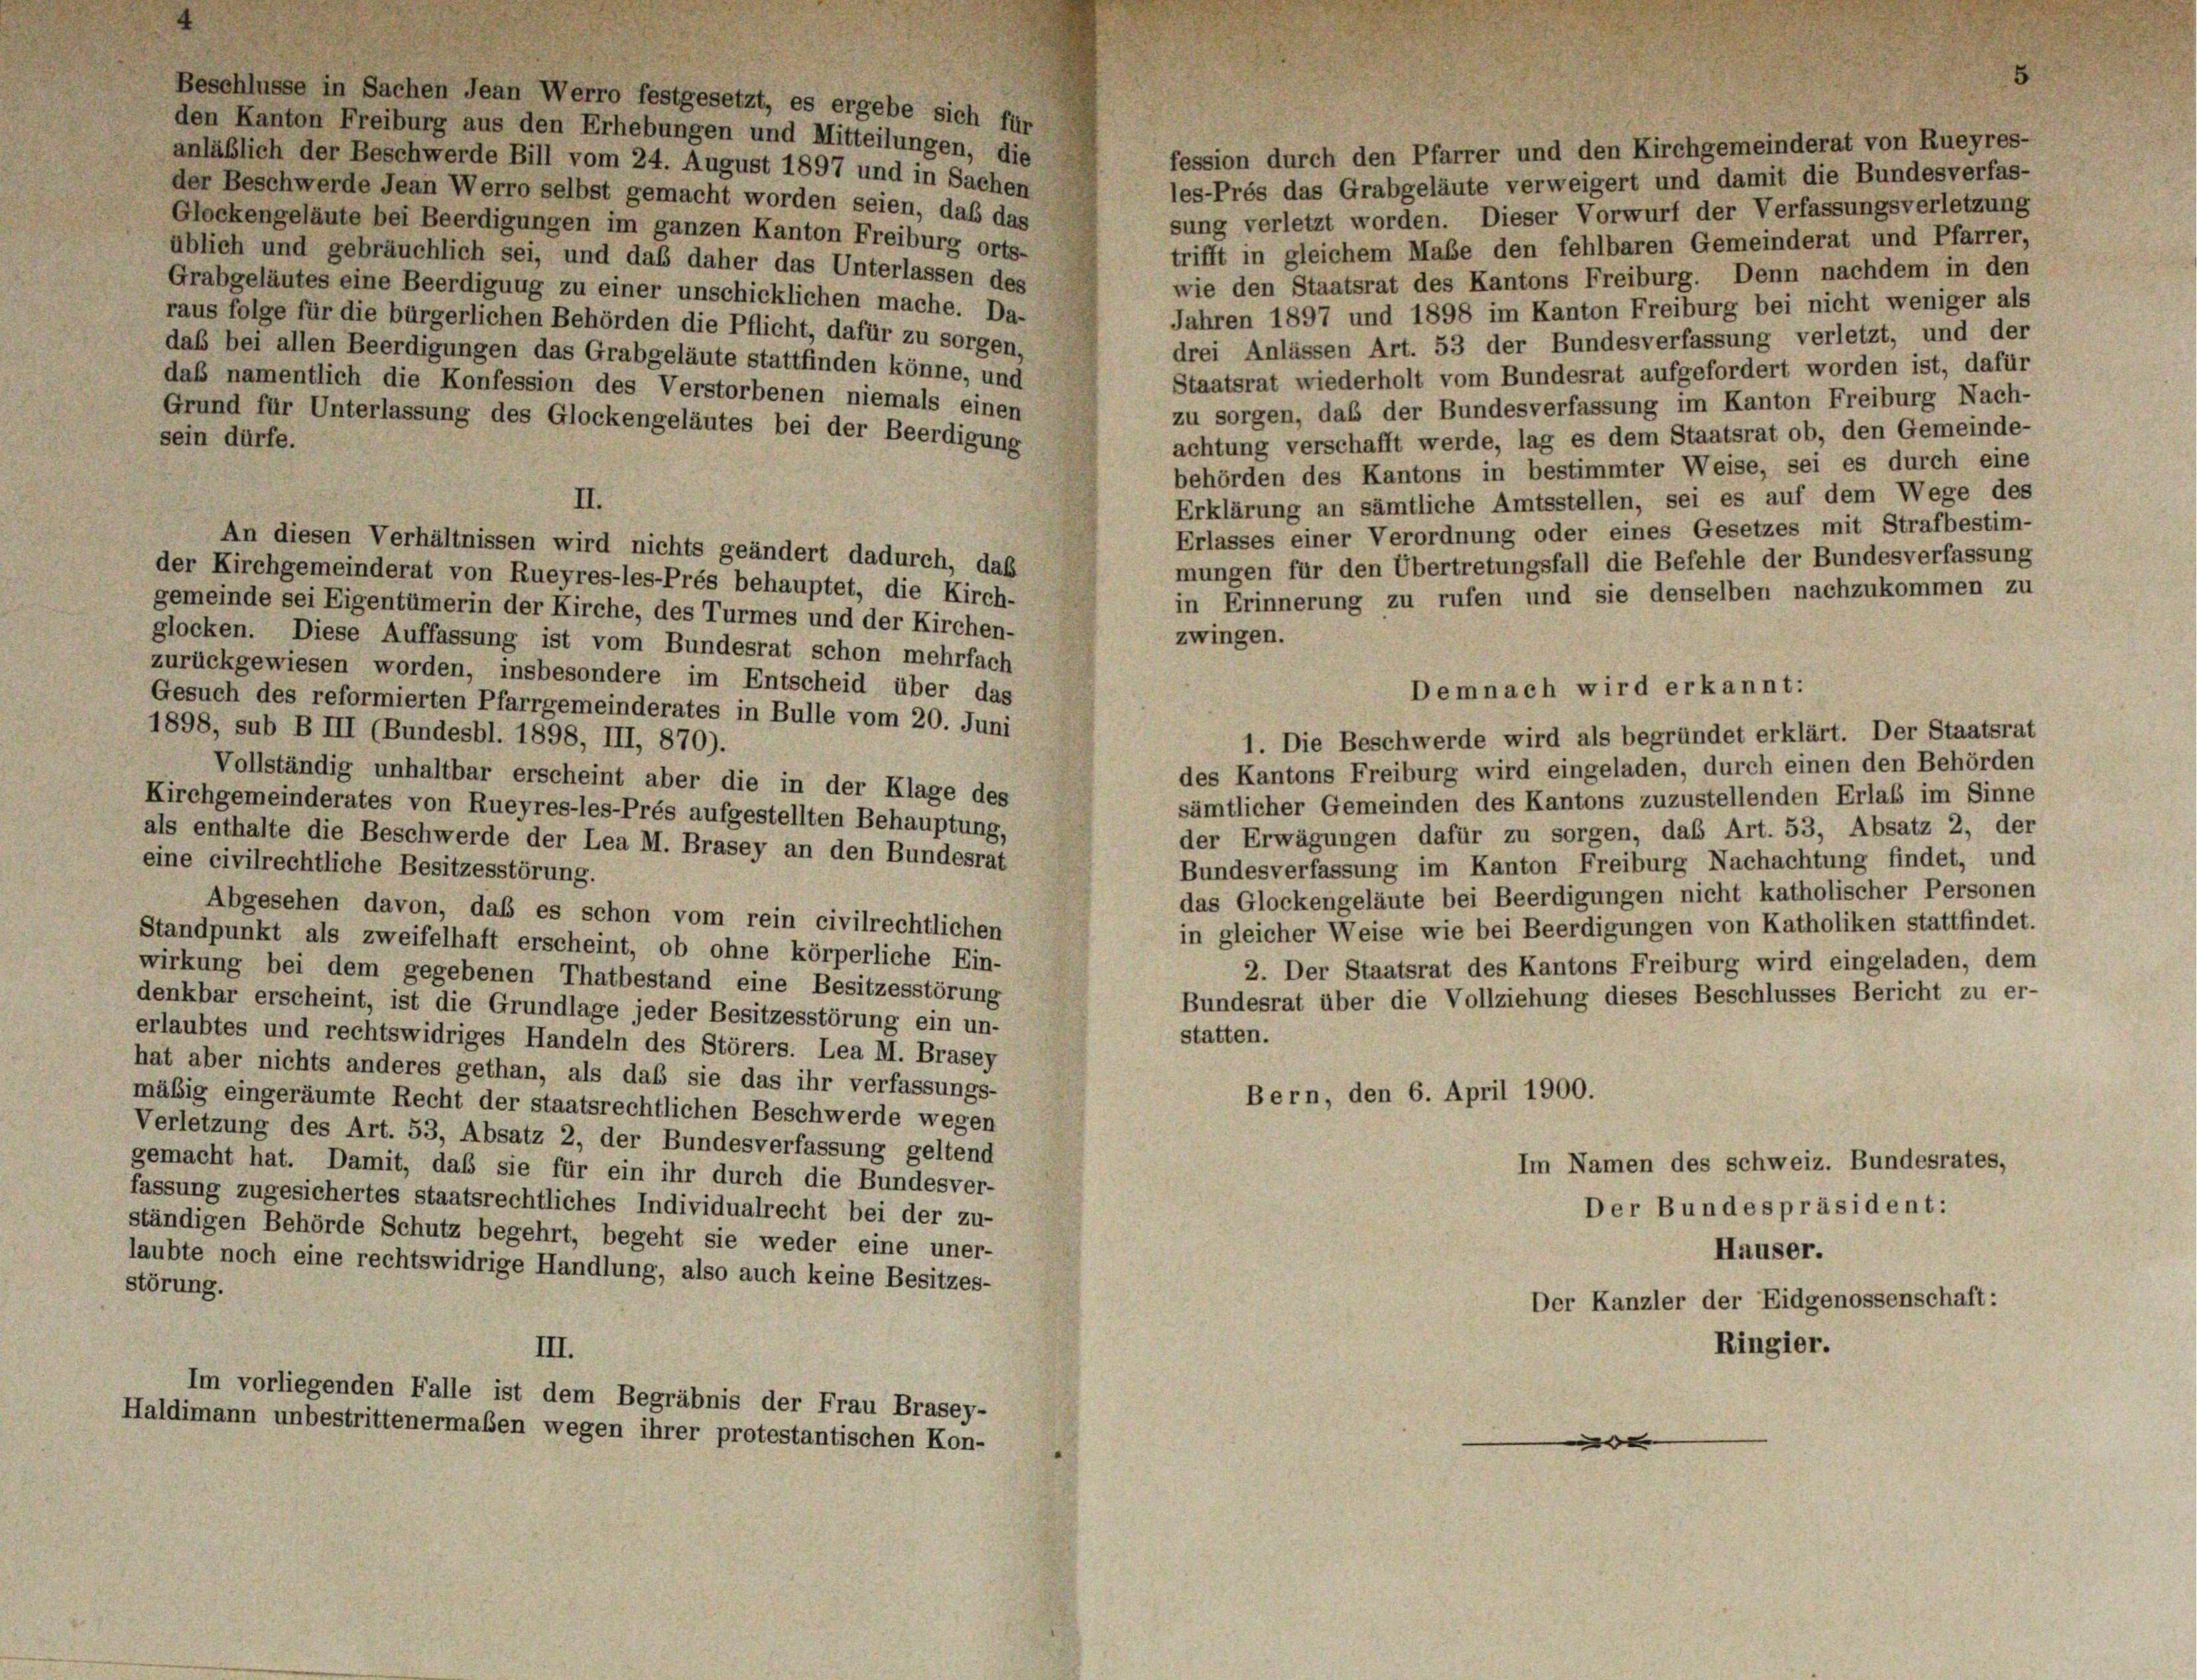
den Kanton Freiburg aus den Erhebungen und Mitteilungen, die
fession durch den Pfarrer und den Kirchgemeinderat von Rueyres-
anläßlich der Beschwerde Bill vom 24. August 1897 und in Sachen
les-Prés das Grabgeläute verweigert und damit die Bundesverfas-
der Beschwerde Jean Werro selbst gemacht worden seien, daß das
sung verletzt worden. Dieser Vorwurf der Verfassungsverletzung
Glockengeläute bei Beerdigungen im ganzen Kanton Freiburg orts-
trifft in gleichem Maße den fehlbaren Gemeinderat und Pfarrer,
üblich und gebräuchlich sei, und das daher das Unterlassen des
wie den Staatsrat des Kantons Freiburg. Denn nachdem in den
Grabgeläutes eine Beerdigung zu einer unschicklichen mache. Da-
Jahren 1897 und 1898 im Kanton Freiburg bei nicht weniger als
raus folge für die bürgerlichen Behörden die Pflicht, dafür zu sorgen,
drei Anlässen Art. 53 der Bundesverfassung verletzt, und der
das bei allen Beerdigungen das Grabgeläute stattfinden könne, und
Staatsrat wiederholt vom Bundesrat aufgefordert worden ist, dafür
daß namentlich die Konfession des Verstorbenen niemals einen
zu sorgen, daß der Bundesverfassung im Kanton Freiburg Nach-
Grund für Unterlassung des Glockengeläutes bei der Beerdigung
achtung verschafft werde, lag es dem Staatsrat ob, den Gemeinde-
sein dürfe.
behörden des Kantons in bestimmter Weise, sei es durch eine
Erklärung an sämtliche Amtsstellen, sei es auf dem Wege des
II.
Erlasses einer Verordnung oder eines Gesetzes mit Strafbestim-
An diesen Verhältnissen wird nichts geändert dadurch, daß
mungen für den Übertretungsfall die Befehle der Bundesverfassung
der Kirchgemeinderat von Rueyres-les-Prés behauptet, die Kirch-
in Erinnerung zu rufen und sie denselben nachzukommen zu
gemeinde sei Eigentümerin der Kirche, des Turmes und der Kirchen-
zwingen.
glocken. Diese Auffassung ist vom Bundesrat schon mehrfach
zurückgewiesen worden, insbesondere im Entscheid über das
Gesuch des reformierten Pfarrgemeinderates in Bulle vom 20. Juni
1898, sub B III (Bundesbl. 1898, III, 870).
1. Die Beschwerde wird als begründet erklärt. Der Staatsrat
des Kantons Freiburg wird eingeladen, durch einen den Behörden
Vollständig unhaltbar erscheint aber die in der Klage des
sämtlicher Gemeinden des Kantons zuzustellenden Erlaß im Sinne
Kirchgemeinderates von Rueyres-les-Prés aufgestellten Behauptung,
der Erwägungen dafür zu sorgen, das Art. 53, Absatz 2, der
als enthalte die Beschwerde der Lea M. Brasey an den Bundesrat
Bundesverfassung im Kanton Freiburg Nachachtung findet, und
eine civilrechtliche Besitzesstörung.
das Glockengeläute bei Beerdigungen nicht katholischer Personen
Abgesehen davon, daß es schon vom rein civilrechtlichen
in gleicher Weise wie bei Beerdigungen von Katholiken stattfindet.
Standpunkt als zweifelhaft erscheint, ob ohne körperliche Ein-
2. Der Staatsrat des Kantons Freiburg wird eingeladen, dem
wirkung bei dem gegebenen Thatbestand eine Besitzesstörung
Bundesrat über die Vollziehung dieses Beschlusses Bericht zu er-
denkbar erscheint, ist die Grundlage jeder Besitzesstörung ein un-
statten.
erlaubtes und rechtswidriges Handeln des Störers. Lea M. Brasey
hat aber nichts anderes gethan, als das sie das ihr verfassungs-
Bern, den 6. April 1900.
mäßig eingeräumte Recht der staatsrechtlichen Beschwerde wegen
Verletzung des Art. 53, Absatz 2, der Bundesverfassung geltend
Im Namen des Schweiz. Bundesrates,
gemacht hat. Damit, daß sie für ein ihr durch die Bundesver-
fassung zugesichertes staatsrechtliches Individualrecht bei der zu-
Der Bundespräsident:
ständigen Behörde Schutz begehrt, begeht sie weder eine uner-
Häuser.
laubte noch eine rechtswidrige Handlung, also auch keine Besitzes-
störung.
Der Kanzler der Eidgenossenschaft:
Ringier.
III.
Im vorliegenden Falle ist dem Begräbnis der Frau Brasey-
Haldimann unbestrittenermaßen wegen ihrer protestantischen Kon-
e

Beschlüsse in Sachen Jean Werro festgesetzt, es ergebe sich für

Demnach wird erkannt: